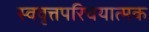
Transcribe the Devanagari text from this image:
स्ववृत्तपरिचयात्मक